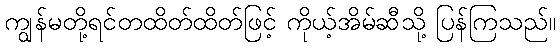
ကျွန်မတို့ရင်တထိတ်ထိတ်ဖြင့် ကိုယ့်အိမ်ဆီသို့ ပြန်ကြသည်။